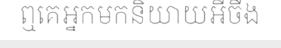
ឮគេអ្នកមកនិយាយអីចឹង